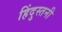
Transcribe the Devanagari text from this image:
हिंदुस्तनी